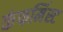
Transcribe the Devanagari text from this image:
कंफर्मिस्ट